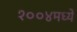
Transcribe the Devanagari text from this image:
१००४मध्ये